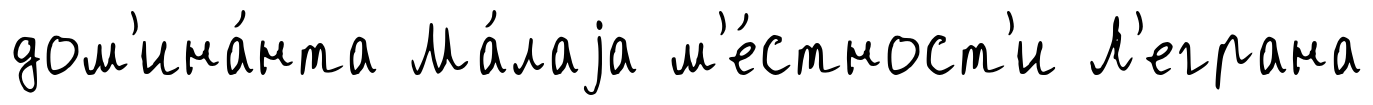
дом'ина́нта Ма́лаjа м'е́стност'и Л'еграна